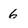
Character: 6